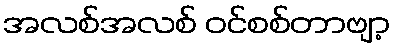
အလစ်အလစ် ဝင်စစ်တာဗျာ့